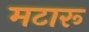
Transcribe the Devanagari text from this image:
मटारू